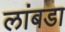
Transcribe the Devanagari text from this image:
लांबडा